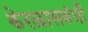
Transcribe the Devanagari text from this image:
केरळासबंधी